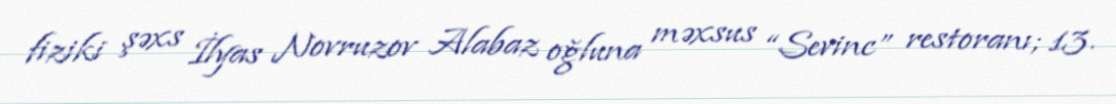
fiziki şəxs İlyas Novruzov Alabaz oğluna məxsus “Sevinc” restoranı; 13.